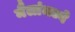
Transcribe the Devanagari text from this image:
मैलांमध्ये